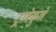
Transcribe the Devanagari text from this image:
ट्राबेकुले